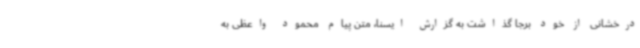
درخشانی از خود برجا گذاشت به گزارش ایسنا، متن پیام محمود واعظی به